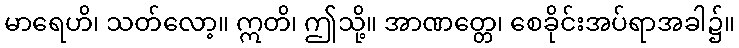
မာရေဟိ၊ သတ်လော့။ ဣတိ၊ ဤသို့။ အာဏတ္တေ၊ စေခိုင်းအပ်ရာအခါ၌။